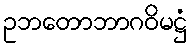
ဥဘတောဘာဂဝိမဋ္ဌံ